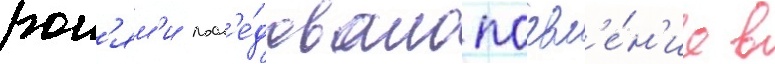
рол'ям'и посл'е́довало поавл'е́н'ие в